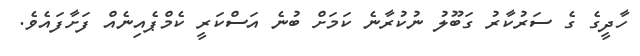
ހާދީގެ ގެ ސަރުކާރު ގަބޫލު ނުކުރާނެ ކަމަށް ބުނެ އަސްކަރީ ކެމްޕެއިނެއް ފަށާފައެވެ.